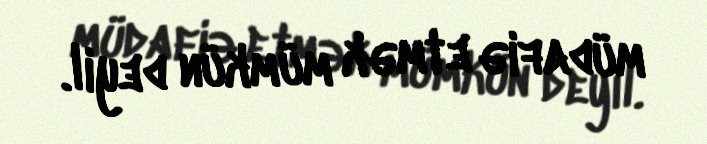
müdafiə etmək mümkün deyil.